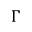
\Gamma